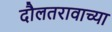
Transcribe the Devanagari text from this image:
दौलतरावाच्या